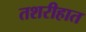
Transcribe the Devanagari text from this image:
तशरीहात